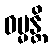
ဓမ္မန္တိ